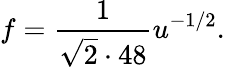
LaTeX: f={\frac{1}{\sqrt 2\cdot 48}}u^{-1/2}.